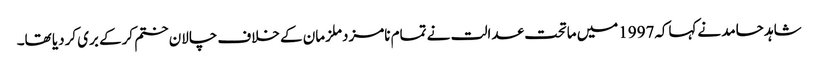
شاہد حامد نےکہاکہ1997میں ماتحت عدالت نے تمام نامزدملزمان کے خلاف چالان ختم کرکے بری کردیا تھا۔